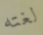
لغته